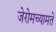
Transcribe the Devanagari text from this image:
जेरोमच्यामते